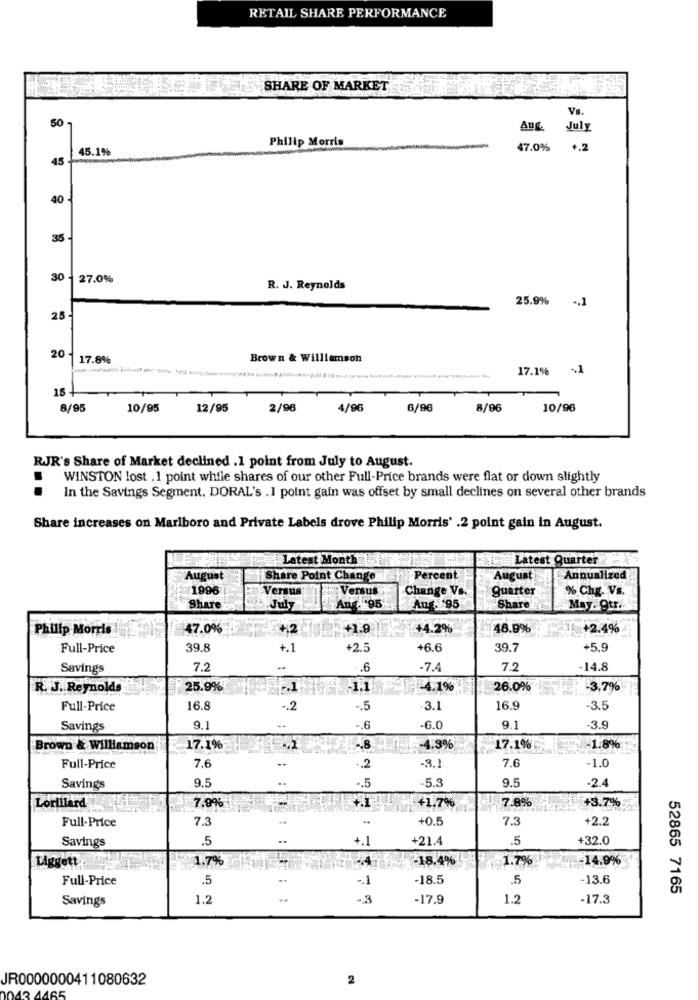
RETAIL SHARE PERFORMANCE
SHARE OF MARKET
Vs.
50-
Aug.
July
Philip Morris
45.1%
47.0%
4.2
45
40
35
30
27.0%
R. J. Reynolds
25.9% ., 1
28
20
17.8%
Brown & Williamson
17.1%
18
8/95
10/95
12/95
2/96
4/96
6/96
8/96
10/96
RJR's Share of Market declined .1 point from July to August.
WINSTON lost .1 point while shares of our other Full-Price brands were flat or down slightly
In the Savings Segment. DORAL's . 1 point gain was offset by small declines on several other brands
Share increases on Marlboro and Private Labels drove Philip Morris' .2 point gain in August.
Latest Month
Latest Quarter
August
Share Point Change
Percent
August
Annualized
1996
Versus
Versus
Change Vs.
Quarter
% Chg. Vs.
Share
July
Ang. 95
Aug. 95
Share
May. Otra
Philip Morris
47.0%
+12
+1.9
+4.2%
46.9%
+2.4%
Full-Price
39.8
+.1
+2.5
+6.6
39.7
+5.9
Savings
7.2
..
.6
.7.4
7.2
-14.8
R. J. Reynolds
25.9%
1-4.1%
26.0%*
-3,7%
Full-Price
16.8
.2
-. 5
3.1
16.9
-3.5
Savings
9.1
-. 6
-6.C
9.1
-3.9
Brown & Williamson
17.1%
-B
4.3%
17.1%
-1.8%
7.6
Full-Price
7.6
.2
-3.1
-1.0
9.5
-5.3
9.5
-2.4
Savings
.. 5
Lorillard
7.8%
+3.7%
7.9%
+1.7%
Full-Price
7.3
+0.5
7.3
+2.2
Savings
.5
+.1
+21.4
.5
+32.0
Liggett
1.7%
-18.4%
1.7%
-14.9%
Full-Price
.5
-. 1
-18.5
.5
13.6
52865 7165
Savings
1.2
-3
-17.9
1.2
-17.3
JR0000000411080632
2
13 4465